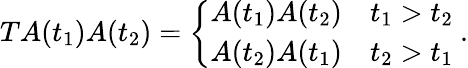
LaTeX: TA(t_{1})A(t_{2})={\left\{ \begin{array}{ll}{A(t_{1})A(t_{2})}&{t_{1}>t_{2}}\\ {A(t_{2})A(t_{1})}&{t_{2}>t_{1}}\end{array}\right.}~.